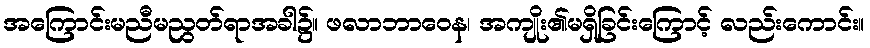
အကြောင်းမညီမညွတ်ရာအခါ၌။ ဖလာဘာဝေန၊ အကျိုး၏မရှိခြင်းကြောင့် လည်းကောင်း။